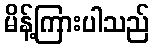
မိန့်ကြားပါသည်